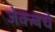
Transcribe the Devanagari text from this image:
जेकबचे